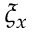
\xi _ { x }